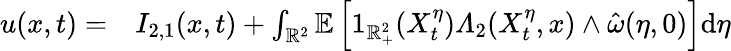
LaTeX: \begin{array}{rl}{u(x,t)=}&{{}I_{2,1}(x,t)+\int_{\mathbb{R}^{2}}\mathbb{E}\left[1_{\mathbb{R}_{+}^{2}}(X_{t}^{\eta})\varLambda_{2}(X_{t}^{\eta},x)\wedge\hat{\omega}(\eta,0)\right]\mathrm{d}\eta}\end{array}